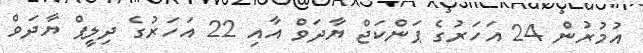
އުމުރުން 24 އަހަރުގެ ޕަންކަޖް ޔާދަވް އާއި 22 އަހަރުގެ ދިލީޕް ޔާދަވް